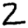
Digit: 2